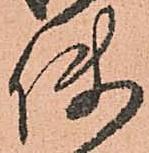
使